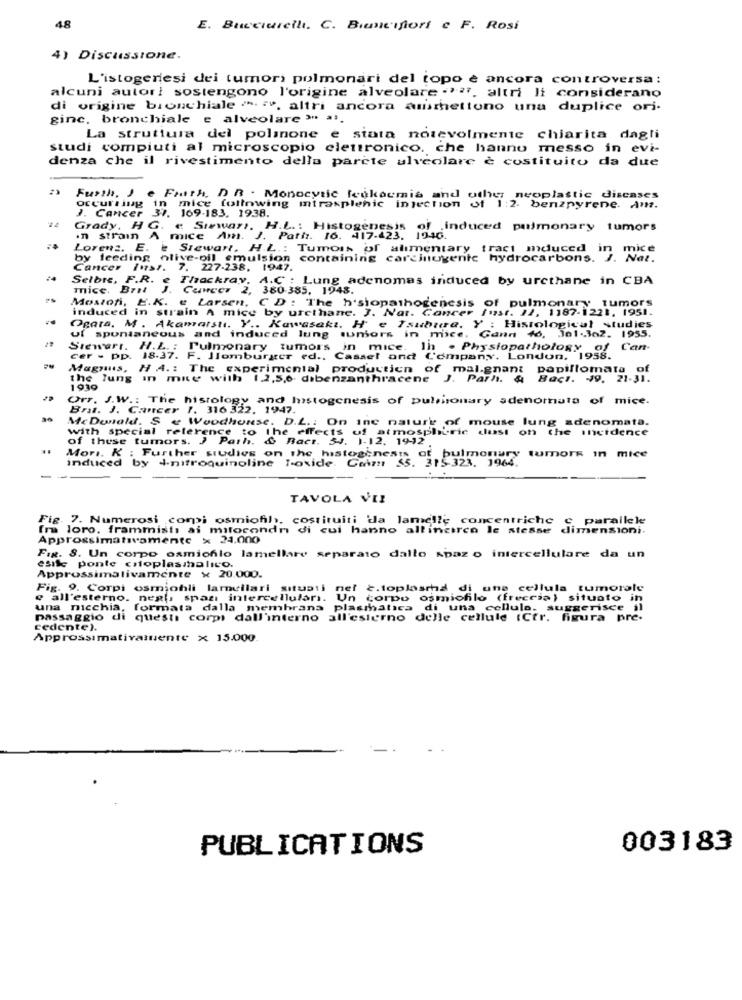
48
E. Bucciarelli. C. Beifiori e F. Rosi
4) Discussione.
L'istogenesi dei tumori polmonari del topo è ancora controversa:
alcuni autor! sostengono l'origine alveolare ."", altri li considerano
di origine bronchiale ". ", altri ancora ammettono una duplice ori-
ginc, bronchiale e alveolare " ".
La struttura del polmone è stata notevolmente chiarita dagli
studi compiuti al microscopio elettronico, che hanno messo in evi-
denza che il rivestimento della parete alveolare è costituito da due
Furth, J e Faith, DR . Monocytic feukocmia and other neoplastic diseases
occurring in mice following intrasplenic injection of 1:2. benzpyrene. Am.
J. Cancer 31. 169-183, 1938.
Grady, HG. « Stewar), H.L .: Histogenesis of induced pulmonary tumors
In strain A
mice Am. J. Path. 16. 417.423. 1946.
Lorenz. E. e Stewart, H.L .: Tumois of alimentary tract mduced in mice
by feeding nlive-oil emulsion containing c
rojogente hydrocarbons. J. Nat.
Cancer 11ss. 7. 227-238. 1947.
Selbre, F.R. e Thackray. A.C : Lung adenomas induced by urethane in CBA
mice. Brat J. Cunce. 2, 380-385, 1948.
Mostof, E.K. " Larsen, CD : The h'siopathogenesis of pulmonary tumors
induced in strain A mice
ce by urethane. J. Nat. Cancer Inst. 12, 1187-1221. 1951.
Ogata, M . Akamatstı. Y .. Kawasaki. H e Isubure. Y : Histological studies
ul spontaneous and induced lung tumors in mice. Gann 46, 301-302.
Stewart. H.L. ; Pulmonary tumors in mice. Ih . Physiopathology of Can-
cer . pp. 18.37. F. Ilomburger ed .. Cassel and Company. London, 1958.
Magnus, H .A .: The experimental production of mal.gnant papillomate of
the lung in mite with 1.2,5,6 dibenzanthracene J. Parh. & Bact. 39. 21-31.
1930
Orr. J.W .: The histology and Istogenesis of pulsionary adenomata of mice.
Brat. J. Cancer 1. 316 322. 1947.
McDonald. S & Woodhouse. D.L .: On inc nature of mouse lung adenomata.
with special reference to The effects of atmospheric dust on the incidence
of these tumors. } Parh.
& Bact. 34. 1-12. 1942
Mon. K : Further studies on the histogenesy
induced by I-nitroquinoline Tovide. CeArt . pulmonar tumor in mice
TAVOLA VII
Fig 7. Numerosi compi osmiofil), costituiti da lamelle concentriche c parallele
C parallele
In loro. frammisti ai mitocondri di cui hanno allinerco le stesse dimensioni.
Approssimativamente x 24.000
Fig. 8. Un corpo osmioflo lamellare separato dallo Apaz o intercellulare da un
esile ponte cytoplasmbalico.
Approssimativamente × 20.000.
Fig. 9. Corpi osmiohli lamellari situati
2.toplasma di una cellula tumorale
e all'esterno. negli spazi intercellular). Un corpo osmiofilo (freccia) situato in
una nicchia, formata dalla membrana plasmatica di una cellule. suggerisce il
passaggio di questi corpi dall'interno all'esterno delle cellule (Cfr. figura pre-
cedente).
Approssimativaluente x 15.000
PUBLICATIONS
003183